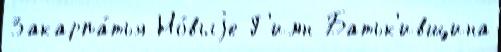
Закарпа́тья Но́выjе Г'имн Батьк'ивщина